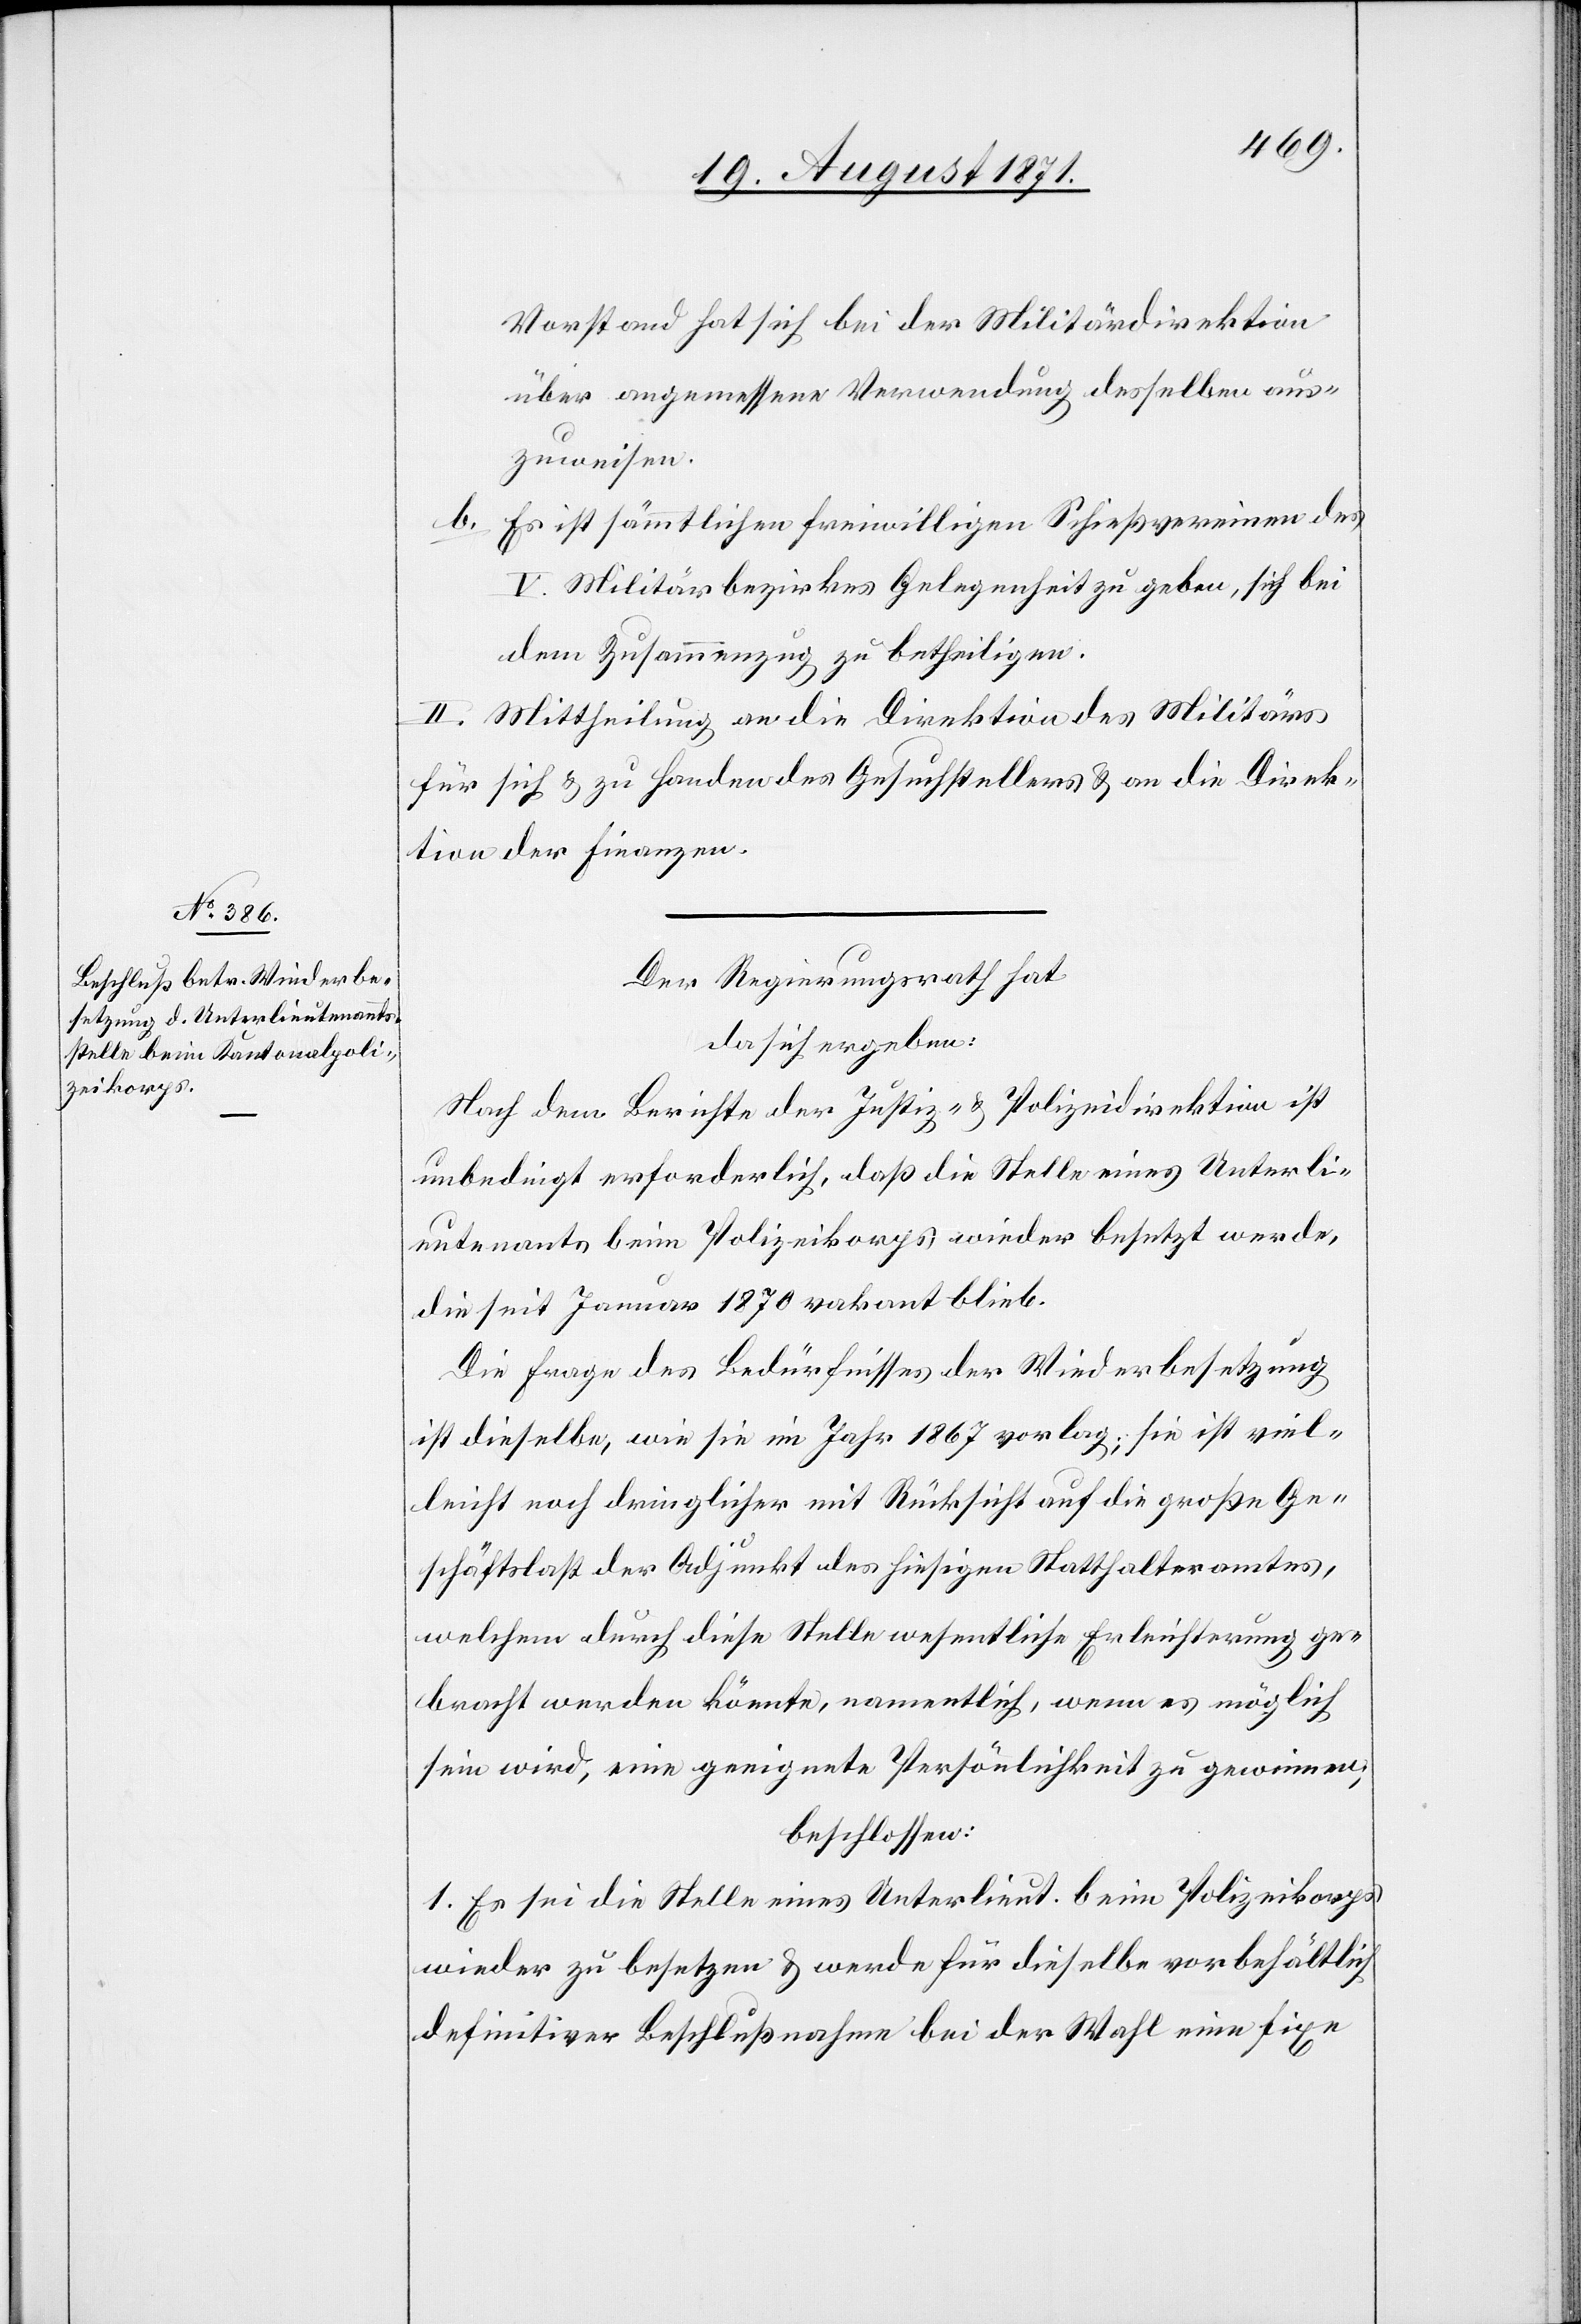
Verstand hat sich bei der Militärdirektion
über angemessene Verwendung desselben aus¬
zuweisen.
b. Es ist sämmtlichen freiwilligen Schießvereinen des
V. Militärbezirkes Gelegenheit zu geben, sich bei
dem Zusammenzug zu betheiligen.
II. Mittheilung an die Direktion des Militärs
für sich & zu Handen des Gesuchstellers & an die Direk¬
tion der Finanzen.
Der Regierungsrath hat
da sich ergeben:
Nach dem Berichte der Justiz- & Polizeidirektion ist
unbedingt erforderlich, daß die Stelle eines Unterli¬
eutenants beim Polizeikorps wieder besetzt werde,
die seit Januar 1870 vakant blieb.
Die Frage des Bedürfnisses der Wiederbesetzung
ist dieselbe, wie sie im Jahre 1867 vorlag; sie ist viel¬
leicht noch dringlicher mit Rücksicht auf die große Ge¬
schäftslast des Adjunkt des hiesigen Statthalteramtes,
welchem durch diese Stelle wesentlich Erleichterung ge¬
bracht werden könnte, namentlich, wenn es möglich
sein wird, eine geeignete Persönlichkeit zu gewinnen;
beschlossen:
1. Es sei die Stelle eines Unterlieut. beim Polizeikorps
wieder zu besetzen & werde für dieselbe vorbehältlich
definitiver Beschlußnahme bei der Wahl eine fixe